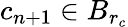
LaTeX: c_{n+1}\in B_{r_{c}}